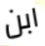
ابن